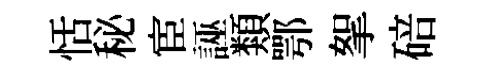
恬秘宦誣類鄂挐碚